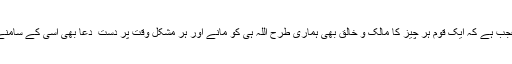
یہ بات بھی عجب ہے کہ ایک قوم ہر چیز کا مالک و خالق بھی ہماری طرح اللہ ہی کو مانے اور ہر مشکل وقت پر دست ِ دعا بھی اسی کے سامنے دراز کرے۔